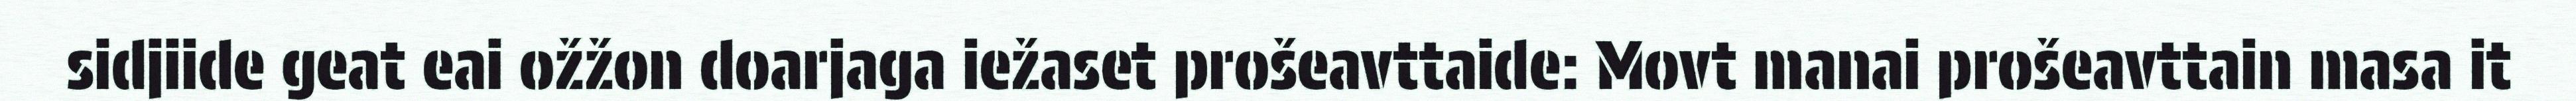
sidjiide geat eai ožžon doarjaga iežaset prošeavttaide: Movt manai prošeavttain masa it